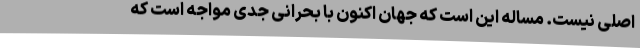
اصلی نیست. مساله این است که جهان اکنون با بحرانی جدی مواجه است که